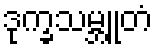
ဒုက္ခသမ္ဘူတံ